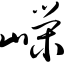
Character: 嵘